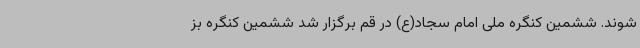
شوند. ششمین کنگره ملی امام سجاد(ع) در قم برگزار شد ششمین کنگره بز